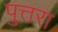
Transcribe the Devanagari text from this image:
पुत्तरा